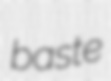
baste